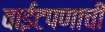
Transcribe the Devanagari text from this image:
वाईटपणाची